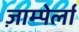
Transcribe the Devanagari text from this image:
ज़ाम्पेर्ला